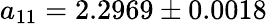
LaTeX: a_{11}=2.2969\pm 0.0018